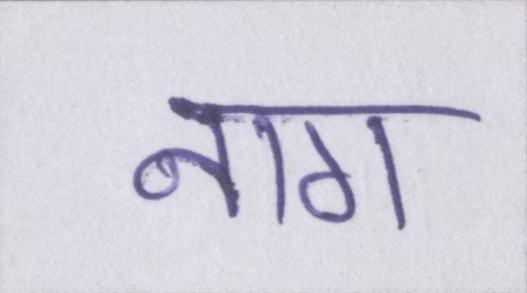
नाग